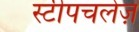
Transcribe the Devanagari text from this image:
स्टीपचलेज़